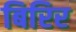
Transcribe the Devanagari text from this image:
बिरिर